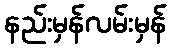
နည်းမှန်လမ်းမှန်